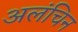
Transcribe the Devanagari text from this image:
अलंचिन